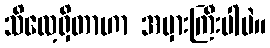
သိလေ့ရှိတာဟာ အမှားကြီးပါပဲ။